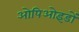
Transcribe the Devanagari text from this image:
ओपिओइडों